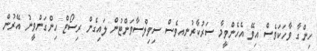
ހިންގާ ވާހަކަވެސް އިވޭ އެހެންވީމާ ސަރުކާރުނއވެސް ސިވިލްސާވަންޓުން ލައިގެން ރިސޯޓް ހިންގަންވީނު އޭރުން